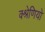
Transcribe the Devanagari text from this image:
क्श्रेणियो